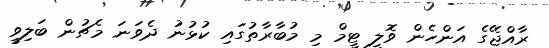
ރާއްޖޭގެ އަންހެން ވޮލީ ޓީމް މި މުބާރާތުގައި ކުޅުނު ދެވަނަ މެޗުން ބަލިވީ